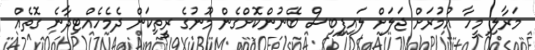
މަރާލި މީހާ އުމުރަށް ޖަލަށް ލައިފިބިސް ބޭނުންކޮށްގެން މޫނުގެ ރީތިކަން ދެމެހެއްޓިދާނެ ގޮތެއް